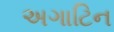
અગાટિન